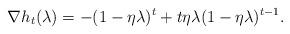
LaTeX: \begin{align*}\nabla h_t(\lambda) = -(1-\eta\lambda)^t + t\eta\lambda(1-\eta\lambda)^{t-1}.\end{align*}